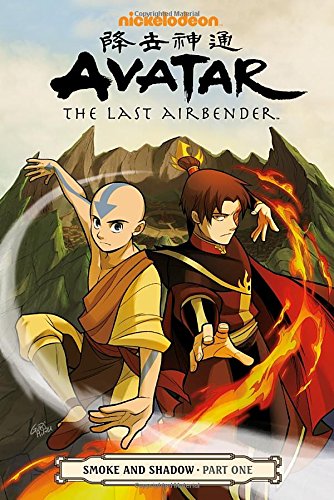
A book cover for Avatar: The Last Airbender - Smoke and Shadow Part One; Gene Luen Yang; Comics & Graphic Novels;